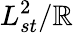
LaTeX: L_{st}^{2}/\mathbb{R}